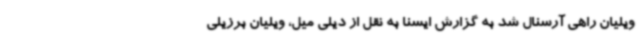
ویلیان راهی آرسنال شد به گزارش ایسنا به نقل از دیلی میل، ویلیان برزیلی